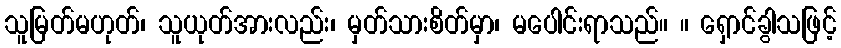
သူမြတ်မဟုတ်၊ သူယုတ်အားလည်း၊ မှတ်သားစိတ်မှာ၊ မပေါင်းရာသည်။ ။ ရှောင်ခွါသဖြင့်